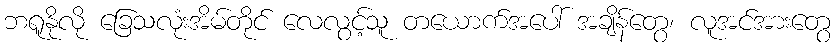
ဘရူနိုလို ခြေသလုံးအိမ်တိုင် လေလွင့်သူ တယောက်အပေါ် အချိန်တွေ၊ လူအင်အားတွေ